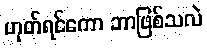
ဟုတ်ရင်ကော ဘာဖြစ်သလဲ